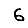
Digit: 6